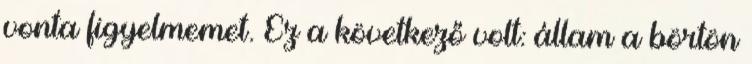
vonta figyelmemet. Ez a következő volt: állam a börtön